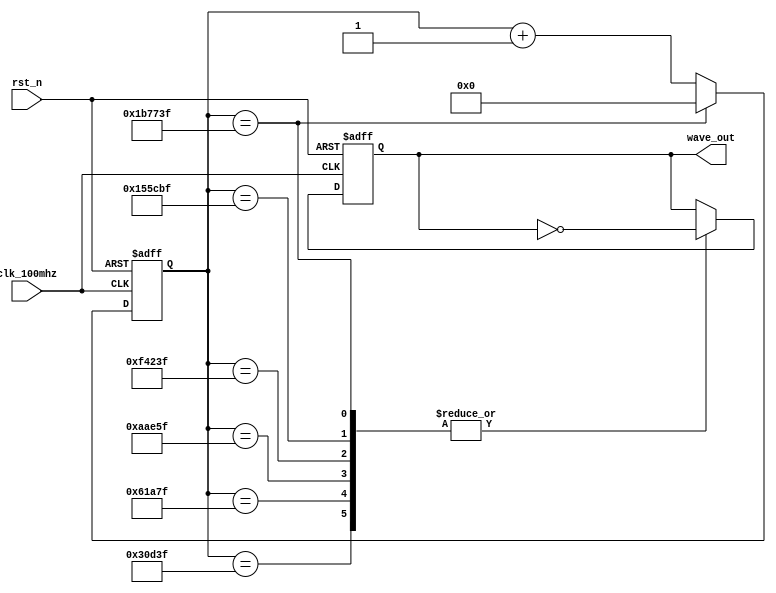
module Wave_Gen 
#(
	parameter cnt_18ms_max = 32'd1_799_999,
	parameter cnt_2ms_max = 32'd199_999,
	parameter cnt_4ms_max = 32'd399_999,
	parameter cnt_7ms_max = 32'd699_999,
	parameter cnt_10ms_max = 32'd999_999,
	parameter cnt_14ms_max = 32'd1_399_999
)
(
	input clk_100mhz,
	input rst_n, 
	output reg wave_out
);
	
	/*18ms*/
	reg [31:0] cnt_18ms;
	always @(posedge clk_100mhz or negedge rst_n) begin
		if(~rst_n) begin
			cnt_18ms <= 32'd0;
		end else if(cnt_18ms == cnt_18ms_max) begin
			cnt_18ms <= 32'd0;
		end else begin
			cnt_18ms <= cnt_18ms + 32'd1;
		end
	end

	/*T*/
	always @(posedge clk_100mhz or negedge rst_n) begin
		if(~rst_n) begin
			wave_out <= 1'd0;
		end else begin
			case(cnt_18ms)
				cnt_2ms_max : wave_out <= ~wave_out;
				cnt_4ms_max : wave_out <= ~wave_out;
				cnt_7ms_max : wave_out <= ~wave_out;
				cnt_10ms_max : wave_out <= ~wave_out;
				cnt_14ms_max : wave_out <= ~wave_out;
				cnt_18ms_max : wave_out <= ~wave_out;
				default : wave_out <= wave_out;
			endcase
		end
	end



endmodule